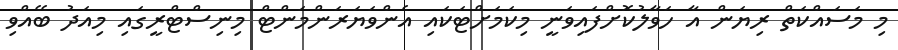
މި މަސައްކަތް ރިޔަން އާ ހަވާލުކޮށްފައިވަނީ މިކަމަށްޓަކައި އެންވަޔަރަންމަންޓް މިނިސްޓްރީގައި މިއަދު ބޭއްވި